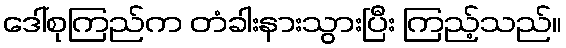
ဒေါ်စုကြည်က တံခါးနားသွားပြီး ကြည့်သည်။